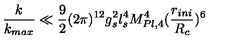
\frac { k } { k _ { m a x } } \ll \frac { 9 } { 2 } ( 2 \pi ) ^ { 1 2 } g _ { s } ^ { 2 } l _ { s } ^ { 4 } M _ { P l , 4 } ^ { 4 } ( \frac { r _ { i n i } } { R _ { c } } ) ^ { 6 }